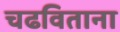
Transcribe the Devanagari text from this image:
चढविताना